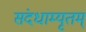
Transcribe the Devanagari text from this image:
संदधाम्यृतम्